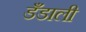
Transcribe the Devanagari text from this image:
डँडाली